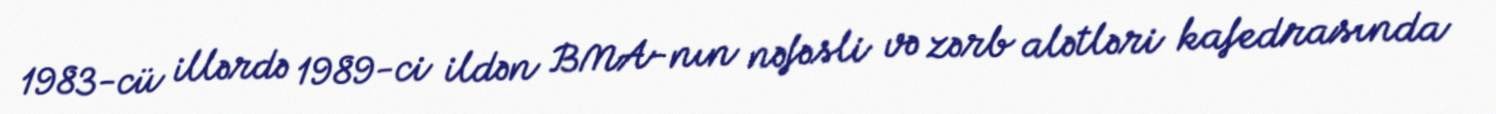
1983-cü illərdə 1989-ci ildən BMA-nın nəfəsli və zərb alətləri kafedrasında